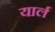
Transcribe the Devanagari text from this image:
यार्ल